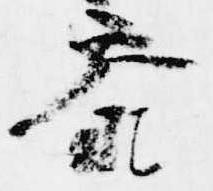
参